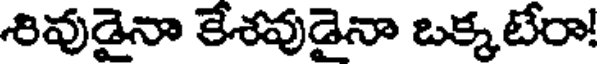
శివుడైనా కేశవుడైనా ఒక్కటేరా!